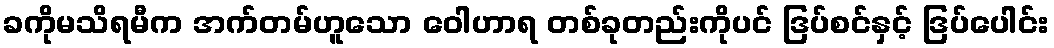
ခကိုမသိရမီက အက်တမ်ဟူသော ဝေါဟာရ တစ်ခုတည်းကိုပင် ဒြပ်စင်နှင့် ဒြပ်ပေါင်း